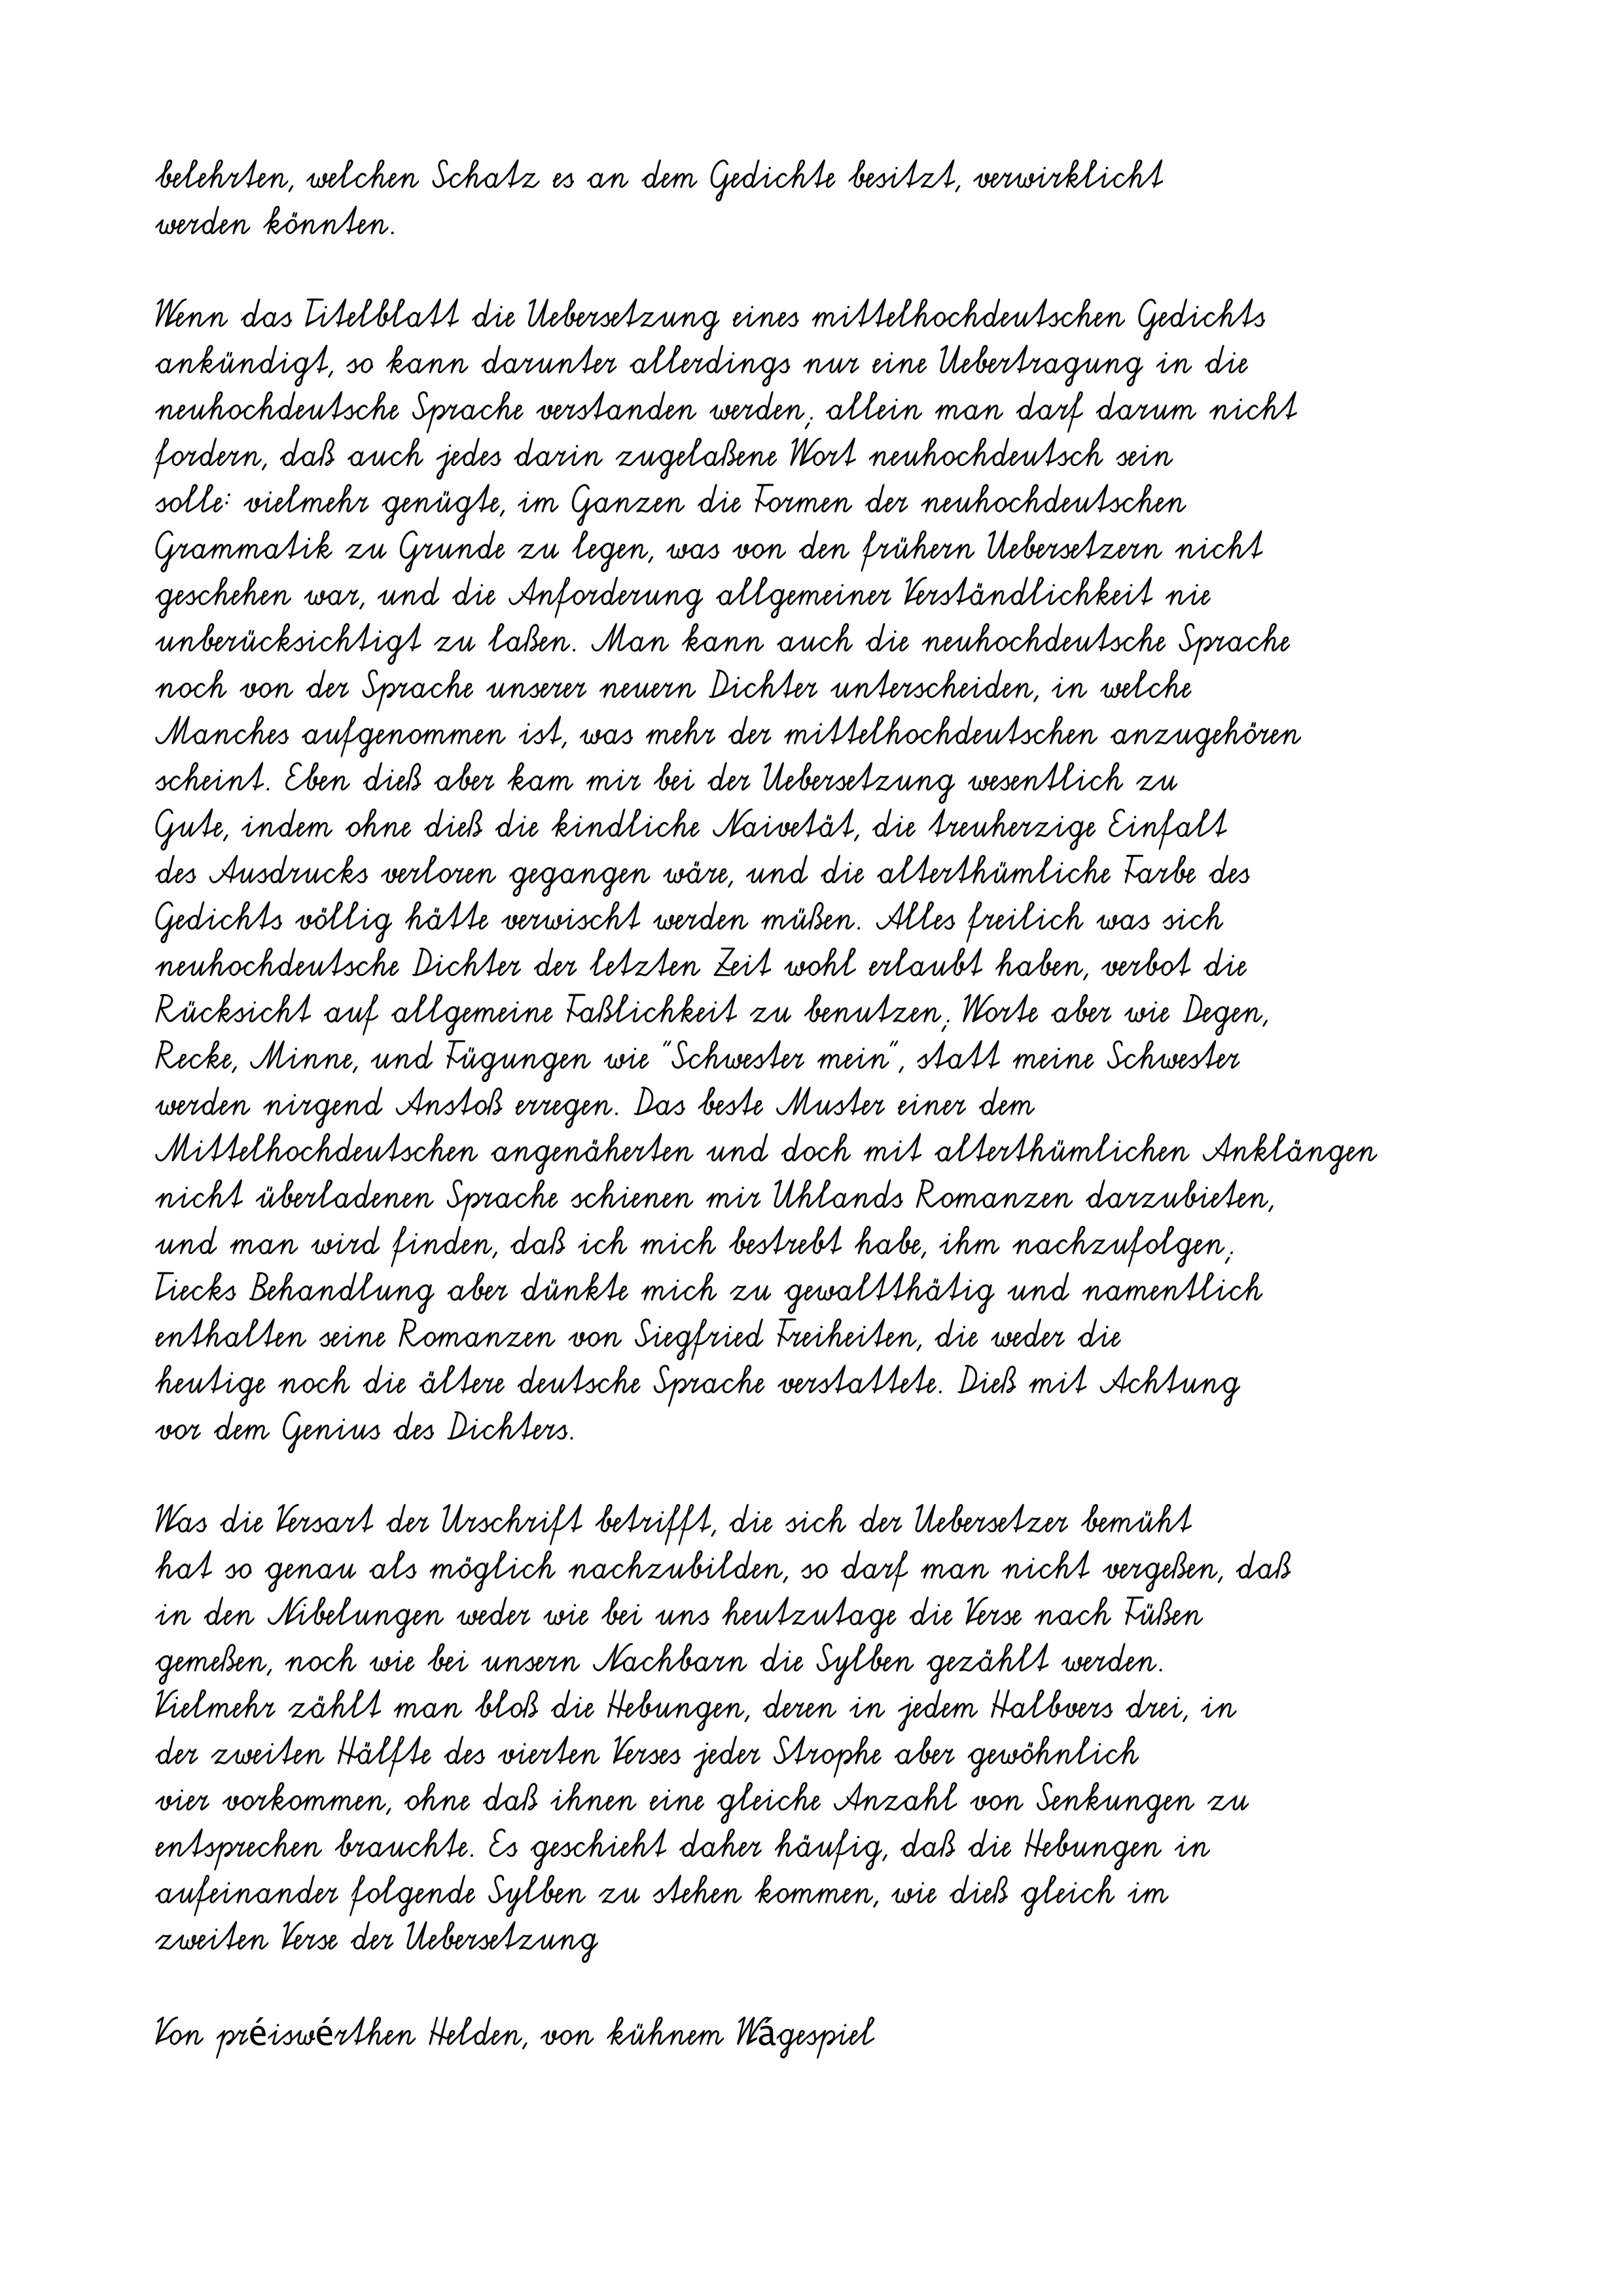
belehrten, welchen Schatz es an dem Gedichte besitzt, verwirklicht
werden könnten.
Wenn das Titelblatt die Uebersetzung eines mittelhochdeutschen Gedichts
ankündigt, so kann darunter allerdings nur eine Uebertragung in die
neuhochdeutsche Sprache verstanden werden; allein man darf darum nicht
fordern, daß auch jedes darin zugelaßene Wort neuhochdeutsch sein
solle: vielmehr genügte, im Ganzen die Formen der neuhochdeutschen
Grammatik zu Grunde zu legen, was von den frühern Uebersetzern nicht
geschehen war, und die Anforderung allgemeiner Verständlichkeit nie
unberücksichtigt zu laßen. Man kann auch die neuhochdeutsche Sprache
noch von der Sprache unserer neuern Dichter unterscheiden, in welche
Manches aufgenommen ist, was mehr der mittelhochdeutschen anzugehören
scheint. Eben dieß aber kam mir bei der Uebersetzung wesentlich zu
Gute, indem ohne dieß die kindliche Naivetät, die treuherzige Einfalt
des Ausdrucks verloren gegangen wäre, und die alterthümliche Farbe des
Gedichts völlig hätte verwischt werden müßen. Alles freilich was sich
neuhochdeutsche Dichter der letzten Zeit wohl erlaubt haben, verbot die
Rücksicht auf allgemeine Faßlichkeit zu benutzen; Worte aber wie Degen,
Recke, Minne, und Fügungen wie "Schwester mein", statt meine Schwester
werden nirgend Anstoß erregen. Das beste Muster einer dem
Mittelhochdeutschen angenäherten und doch mit alterthümlichen Anklängen
nicht überladenen Sprache schienen mir Uhlands Romanzen darzubieten,
und man wird finden, daß ich mich bestrebt habe, ihm nachzufolgen;
Tiecks Behandlung aber dünkte mich zu gewaltthätig und namentlich
enthalten seine Romanzen von Siegfried Freiheiten, die weder die
heutige noch die ältere deutsche Sprache verstattete. Dieß mit Achtung
vor dem Genius des Dichters.
Was die Versart der Urschrift betrifft, die sich der Uebersetzer bemüht
hat so genau als möglich nachzubilden, so darf man nicht vergeßen, daß
in den Nibelungen weder wie bei uns heutzutage die Verse nach Füßen
gemeßen, noch wie bei unsern Nachbarn die Sylben gezählt werden.
Vielmehr zählt man bloß die Hebungen, deren in jedem Halbvers drei, in
der zweiten Hälfte des vierten Verses jeder Strophe aber gewöhnlich
vier vorkommen, ohne daß ihnen eine gleiche Anzahl von Senkungen zu
entsprechen brauchte. Es geschieht daher häufig, daß die Hebungen in
aufeinander folgende Sylben zu stehen kommen, wie dieß gleich im
zweiten Verse der Uebersetzung
Von préiswérthen Helden, von kühnem Wágespiel